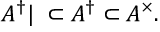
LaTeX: A ^ { \dag } | _ { \mathbf \Phi } \subset A ^ { \dag } \subset A ^ { \times } .